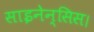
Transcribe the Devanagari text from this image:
साइनेन्सिस।